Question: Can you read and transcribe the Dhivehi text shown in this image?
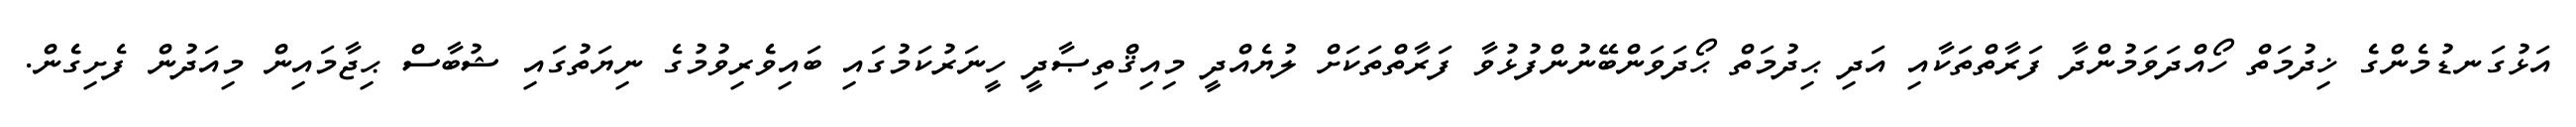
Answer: އަޅުގަނޑުމެންގެެ ޚިދުމަތް ހޯއްދަވަމުންދާ ފަރާތްތަކާއި އަދި ޙިދުމަތް ޙޯދަވަންބޭނުންފުޅުވާ ފަރާތްތަކަށް ލުޔެއްދީ މިއިޤްތިޞާދީ ހީނަރުކަމުގައި ބައިވެެރިވުމުގެ ނިޔަތުގައި ޝުބާސް ޙިޖާމައިން މިއަދުން ފެށިގެެން.